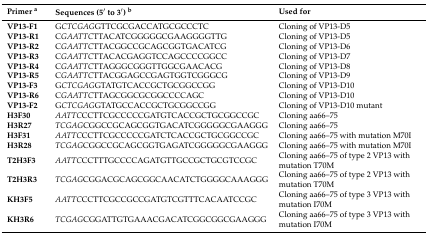
<table><thead><tr><td><b>Primer <sup>a</sup></b></td><td><b>Sequences (5′ to 3′) <sup>b</sup></b></td><td><b>Used for</b></td></tr></thead><tbody><tr><td><b>VP13-F1</b></td><td>G<i>CTCGAG</i>GTTCGCGACCATGCGCCCTC</td><td>Cloning of VP13-D5</td></tr><tr><td><b>VP13-R1</b></td><td>C<i>GAATTC</i>TTACATCGGGGGCGAAGGGGTTG</td><td>Cloning of VP13-D5</td></tr><tr><td><b>VP13-R2</b></td><td>C<i>GAATTC</i>TTACGGCCGCAGCGGTGACATCG</td><td>Cloning of VP13-D6</td></tr><tr><td><b>VP13-R3</b></td><td>C<i>GAATTC</i>TTACACGAGGTCCAGCCCCGGCC</td><td>Cloning of VP13-D7</td></tr><tr><td><b>VP13-R4</b></td><td>C<i>GAATTC</i>TTAGGGCGGGTTGGCGAACACG</td><td>Cloning of VP13-D8</td></tr><tr><td><b>VP13-R5</b></td><td>C<i>GAATTC</i>TTACGGAGCCGAGTGGTCGGGCG</td><td>Cloning of VP13-D9</td></tr><tr><td><b>VP13-F3</b></td><td>G<i>CTCGAG</i>GTATGTCACCGCTGCGGCCGG</td><td>Cloning of VP13-D10</td></tr><tr><td><b>VP13-R6</b></td><td>C<i>GAATTC</i>TTAGCGGCGCGGCCCCAGC</td><td>Cloning of VP13-D10</td></tr><tr><td><b>VP13-F2</b></td><td>G<i>CTCGAG</i>GTATGCCACCGCTGCGGCCGG</td><td>Cloning of VP13-D10 mutant</td></tr><tr><td><b>H3F30</b></td><td><i>AATTC</i>CCTTCGCCCCCGATGTCACCGCTGCGGCCGC</td><td>Cloning aa66–75</td></tr><tr><td><b>H3R27</b></td><td><i>TCGAG</i>CGGCCGCAGCGGTGACATCGGGGGCGAAGGG</td><td>Cloning aa66–75</td></tr><tr><td><b>H3F31</b></td><td><i>AATTC</i>CCTTCGCCCCCGATCTCACCGCTGCGGCCGC</td><td>Cloning aa66–75 with mutation M70I</td></tr><tr><td><b>H3R28</b></td><td><i>TCGAG</i>CGGCCGCAGCGGTGAGATCGGGGGCGAAGGG</td><td>Cloning aa66–75 with mutation M70I</td></tr><tr><td><b>T2H3F3</b></td><td><i>AATTC</i>CCTTTGCCCCAGATGTTGCCGCTGCGTCCGC</td><td>Cloning aa66–75 of type 2 VP13 with mutation T70M</td></tr><tr><td><b>T2H3R3</b></td><td><i>TCGAG</i>CGGACGCAGCGGCAACATCTGGGGCAAAGGG</td><td>Cloning aa66–75 of type 2 VP13 with mutation T70M</td></tr><tr><td><b>KH3F5</b></td><td><i>AATTC</i>CCTTCGCCGCCGATGTCGTTTCACAATCCGC</td><td>Cloning aa66–75 of type 3 VP13 with mutation I70M</td></tr><tr><td><b>KH3R6</b></td><td><i>TCGAG</i>CGGATTGTGAAACGACATCGGCGGCGAAGGG</td><td>Cloning aa66–75 of type 3 VP13 with mutation I70M</td></tr></tbody></table>